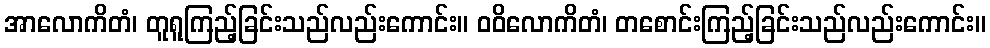
အာလောကိတံ၊ တူရူကြည့်ခြင်းသည်လည်းကောင်း။ ဝဝိလောကိတံ၊ တစောင်းကြည့်ခြင်းသည်လည်းကောင်း။